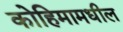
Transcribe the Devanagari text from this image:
कोहिमामधील